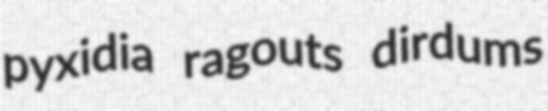
pyxidia ragouts dirdums